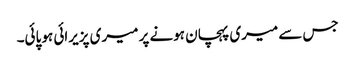
جس سے میری پہچان ہونے پر میری پزیرائی ہو پائی۔